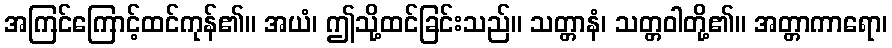
အကြင်ကြောင့်ထင်ကုန်၏။ အယံ၊ ဤသို့ထင်ခြင်းသည်။ သတ္တာနံ၊ သတ္တဝါတို့၏။ အတ္တာကာရော၊